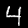
Label: 4